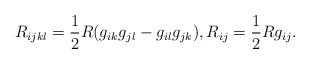
\begin{align*}R_{ijkl}=\frac{1}{2}R(g_{ik}g_{jl}-g_{il}g_{jk}),R_{ij}=\frac{1}{2}Rg_{ij}.\end{align*}